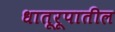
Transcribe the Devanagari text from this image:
धातूरूपातील